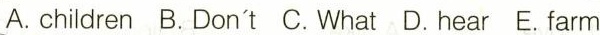
A. children B. Don't C. What D. hear E. farm